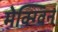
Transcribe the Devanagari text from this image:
मेक्ग्विन